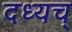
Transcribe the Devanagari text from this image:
दध्यच्